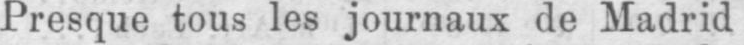
Presque tous les journaux de Madrid